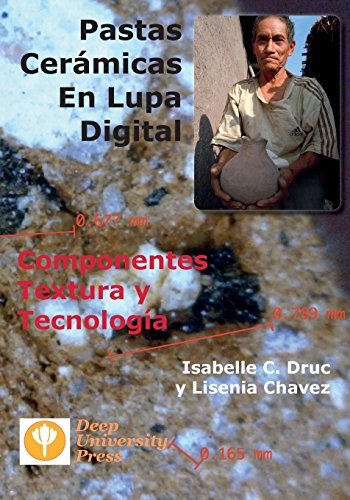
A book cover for Pastas Ceramicas En Lupa Digital: Componentes, Textura y Tecnologia (Spanish Edition); Isabelle C. Druc; Crafts, Hobbies & Home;